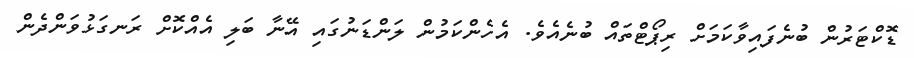
ޑޮކްޓަރުން ބުނެފައިވާކަމަށް ރިޕޯޓްތައް ބުނެއެވެ. އެހެންކަމުން ލަންޑަނުގައި އޭނާ ބަލި އެއްކޮށް ރަނގަޅުވަންދެން